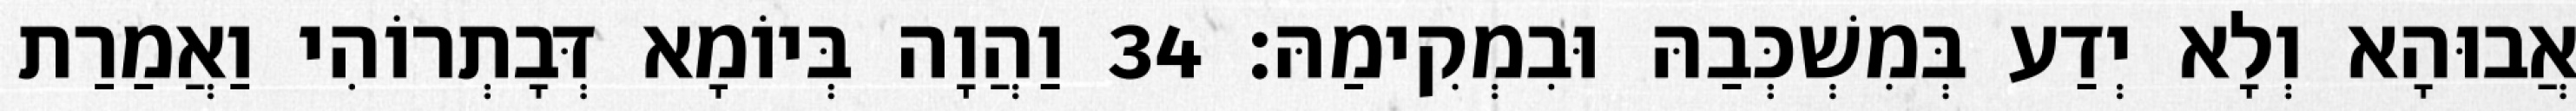
אֲבוּהָא וְלָא יְדַע בְּמִשְׁכְּבַהּ וּבִמְקִימַהּ׃ 34 וַהֲוָה בְּיוֹמָא דְּבָתְרוֹהִי וַאֲמַרַת